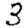
Digit: 3